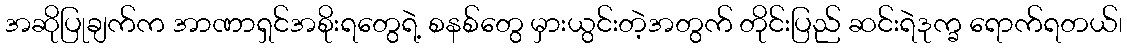
အဆိုပြုချက်က အာဏာရှင်အစိုးရတွေရဲ့ စနစ်တွေ မှားယွင်းတဲ့အတွက် တိုင်းပြည် ဆင်းရဲဒုက္ခ ရောက်ရတယ်၊